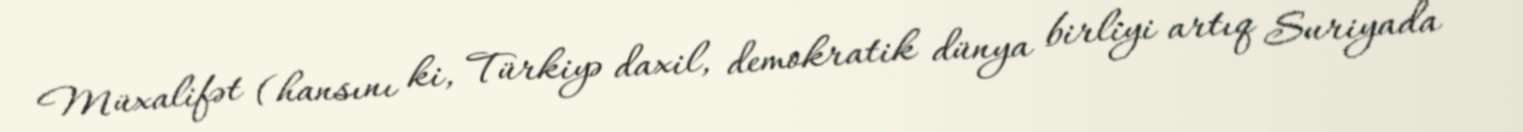
Müxalifət (hansını ki, Türkiyə daxil, demokratik dünya birliyi artıq Suriyada